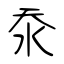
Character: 沗